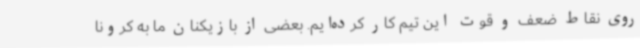
روی نقاط ضعف و قوت این تیم کار کرده‌ایم. بعضی از بازیکنان ما به کرونا